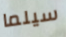
سيلما